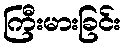
ကြီးမားခြင်း